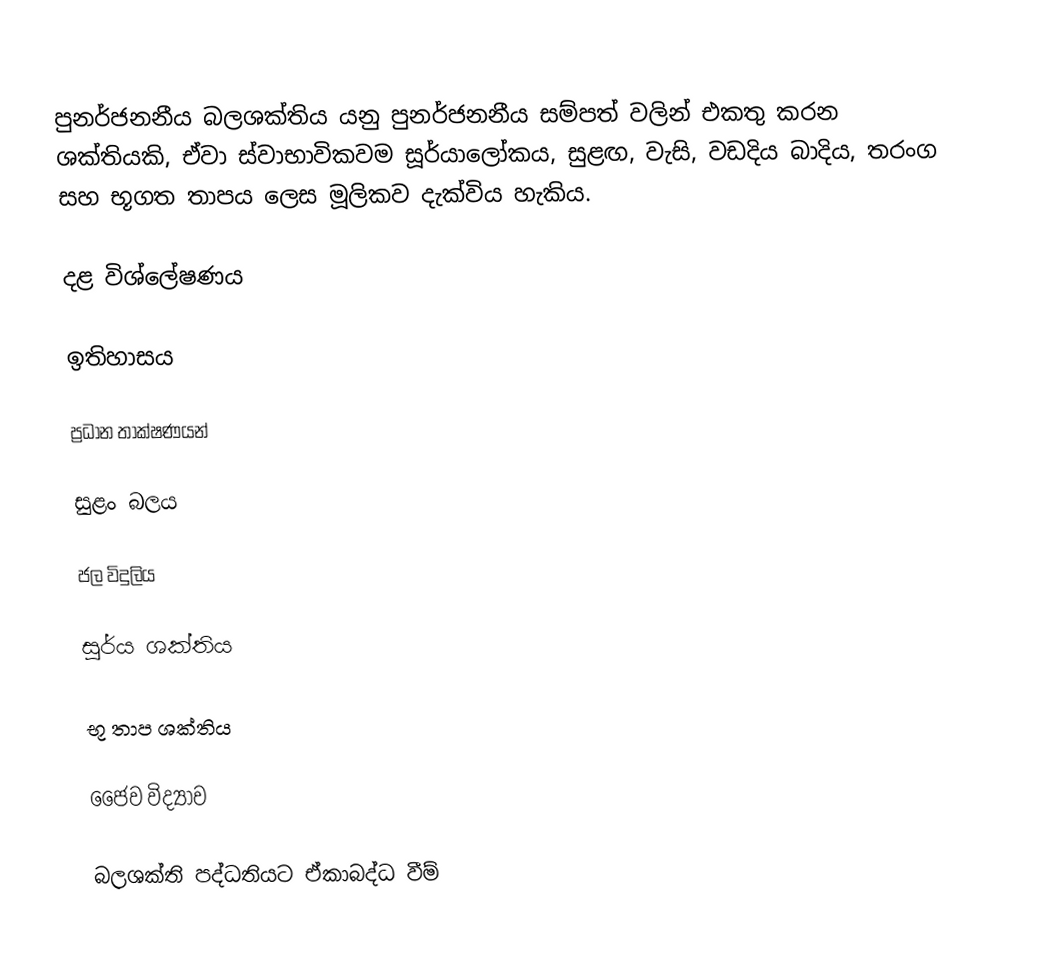
පුනර්ජනනීය බලශක්තිය යනු පුනර්ජනනීය සම්පත් වලින් එකතු කරන ශක්තියකි, ඒවා ස්වාභාවිකවම සූර්යාලෝකය, සුළඟ, වැසි, වඩදිය බාදිය, තරංග සහ භූගත තාපය ලෙස මූලිකව දැක්විය හැකිය.

දළ විශ්ලේෂණය

ඉතිහාසය

ප්‍රධාන තාක්ෂණයන්

සුළං බලය

ජල විදුලිය

සූර්ය ශක්තිය

භූ තාප ශක්තිය

ජෛව විද්‍යාව

බලශක්ති පද්ධතියට ඒකාබද්ධ වීම්